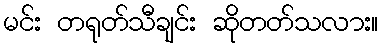
မင်း တရုတ်သီချင်း ဆိုတတ်သလား။